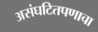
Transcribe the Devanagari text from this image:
असंघटितपणाचा